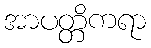
အာပတ္တိကရာ